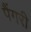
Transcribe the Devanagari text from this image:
पैंगरी